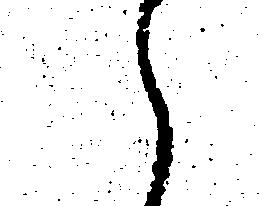
え